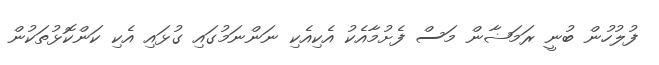
ފުލުހުން ބުނީ ރަމަޟާން މަސް ފެށުމާއެކު އެކިއެކި ނަންނަމުގައި ގުޅައި އެކި ކަންކޮޅުތަކުން